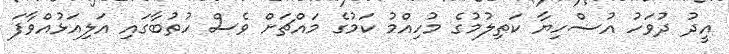
އީދު ދުވަހު އުޟްހިޔާ ކަތިލުމުގެ މުހިއްމު ކަމުގެ މައްޗަށް ވެސް ހުތުބާގައި އަލިއަޅުއްވާފަ